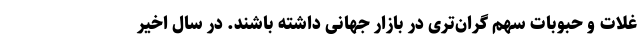
غلات و حبوبات سهم گران‌تری در بازار جهانی داشته باشند. در سال اخیر